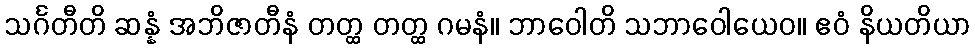
သင်္ဂတီတိ ဆန္နံ အဘိဇာတီနံ တတ္ထ တတ္ထ ဂမနံ။ ဘာဝေါတိ သဘာဝေါယေဝ။ ဧဝံ နိယတိယာ